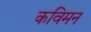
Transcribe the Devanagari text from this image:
कविमन